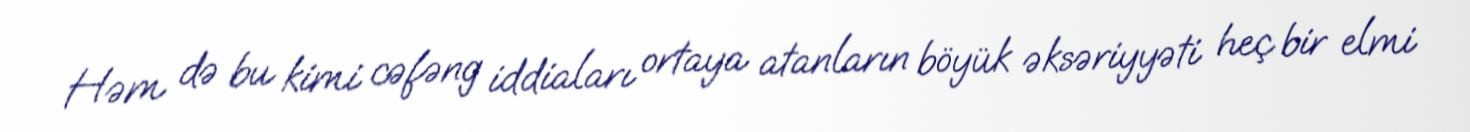
Həm də bu kimi cəfəng iddiaları ortaya atanların böyük əksəriyyəti heç bir elmi